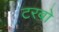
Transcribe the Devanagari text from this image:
टरबो